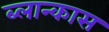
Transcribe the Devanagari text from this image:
ब्लान्कास